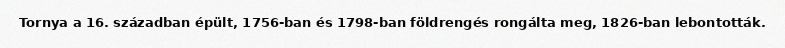
Tornya a 16. században épült, 1756-ban és 1798-ban földrengés rongálta meg, 1826-ban lebontották.